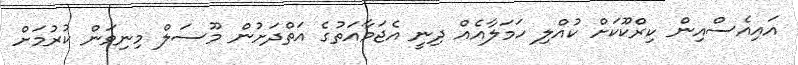
އައިއެސްއިން ކިރްކޫކަށް ކުއްލި ހަމަލާއެއް ދިނީ އެޖަމާއަތުގެ އަތްދަށުން މޫސަލް މިނިވަން ކުރުމަށް